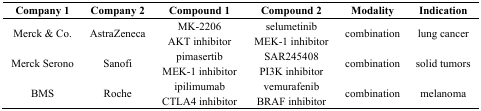
| Company 1 | Company 2 | Compound 1 | Compound 2 | Modality | Indication |
 | --- | --- | --- | --- | --- | --- |
 | Merck & Co. | AstraZeneca | MK-2206 AKT inhibitor | selumetinib MEK-1 inhibitor | combination | lung cancer |
 | Merck Serono | Sanofi | pimasertib MEK-1 inhibitor | SAR245408 PI3K inhibitor | combination | solid tumors |
 | BMS | Roche | ipilimumab CTLA4 inhibitor | vemurafenib BRAF inhibitor | combination | melanoma |